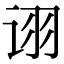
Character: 诩